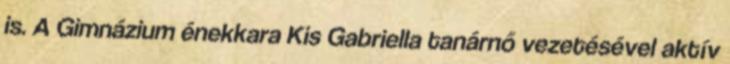
is. A Gimnázium énekkara Kis Gabriella tanárnő vezetésével aktív